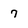
Character: 7